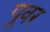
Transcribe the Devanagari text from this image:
पुवर